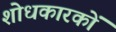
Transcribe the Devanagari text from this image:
शोधकारकों